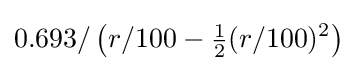
0.693/\left(r/100-{\tfrac {1}{2}}(r/100)^{2}\right)